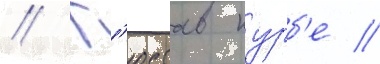
// Г'юстав курб'е //